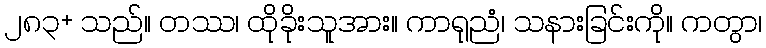
၂၈၃+ သည်။ တဿ၊ ထိုခိုးသူအား။ ကာရုညံ၊ သနားခြင်းကို။ ကတွာ၊